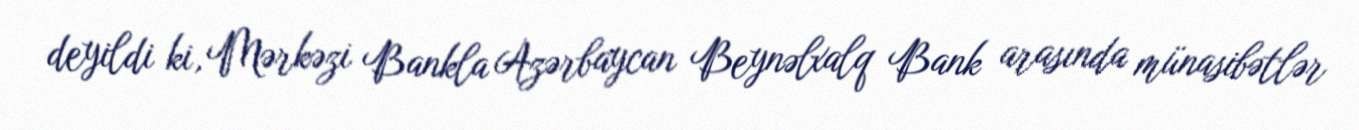
deyildi ki, Mərkəzi Bankla Azərbaycan Beynəlxalq Bank arasında münasibətlər